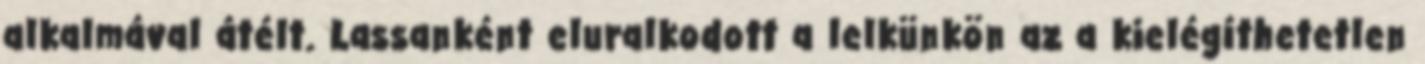
alkalmával átélt. Lassanként eluralkodott a lelkünkön az a kielégíthetetlen